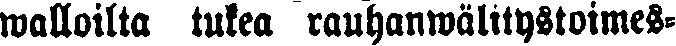
walloilta tukea rauhanwälitystoimes-